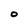
Character: 0